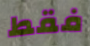
فقط